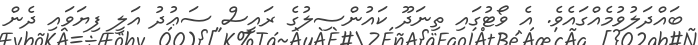
ބައްދަލުވުމެއްގައެވެ. އެ ވޯޓުގައި ތިނަދޫ ކައުންސިލުގެ ރައީސް ސަޢުދު އަލީ ފިޔަވައި ދެން